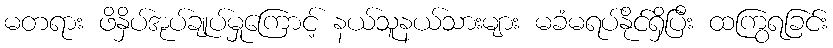
မတရား ဖိနှိပ်အုပ်ချုပ်မှုကြောင့် နယ်သူနယ်သားများ မခံမရပ်နိုင်ရှိပြီး ထကြွရခြင်း